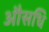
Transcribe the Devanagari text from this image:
औसधि